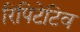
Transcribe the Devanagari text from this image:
रिपिटेटिव